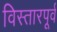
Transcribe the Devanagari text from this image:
विस्तारपूर्व